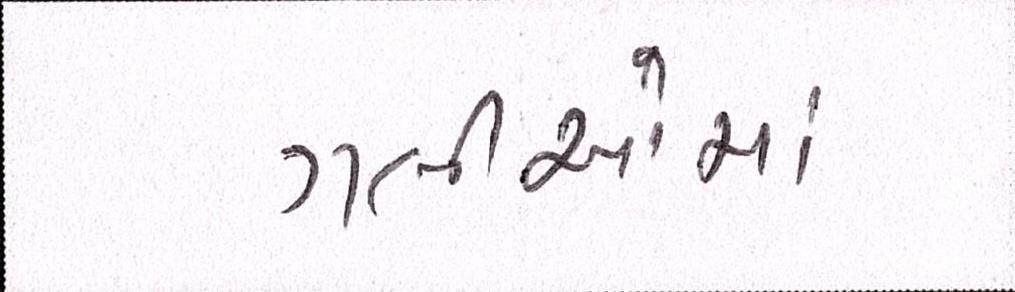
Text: ગલીઓમાં